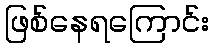
ဖြစ်နေရကြောင်း